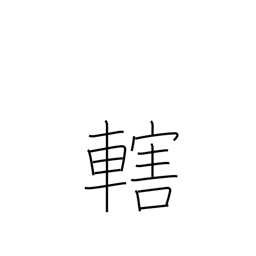
Meaning: control